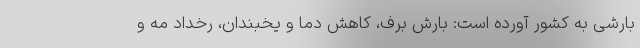
بارشی به کشور آورده است: بارش برف، کاهش دما و یخبندان، رخداد مه و